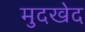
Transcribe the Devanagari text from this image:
मुदखेद